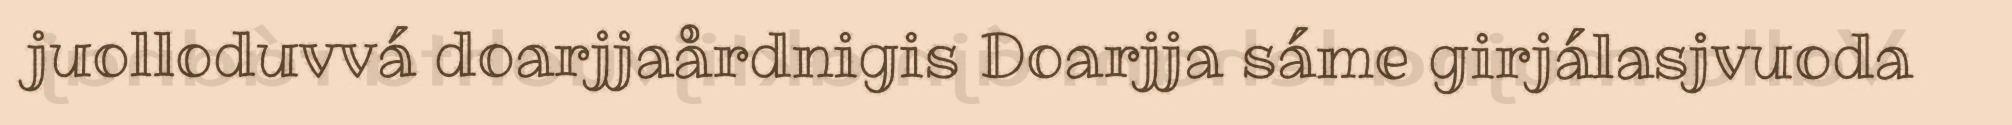
juolloduvvá doarjjaårdnigis Doarjja sáme girjálasjvuoda